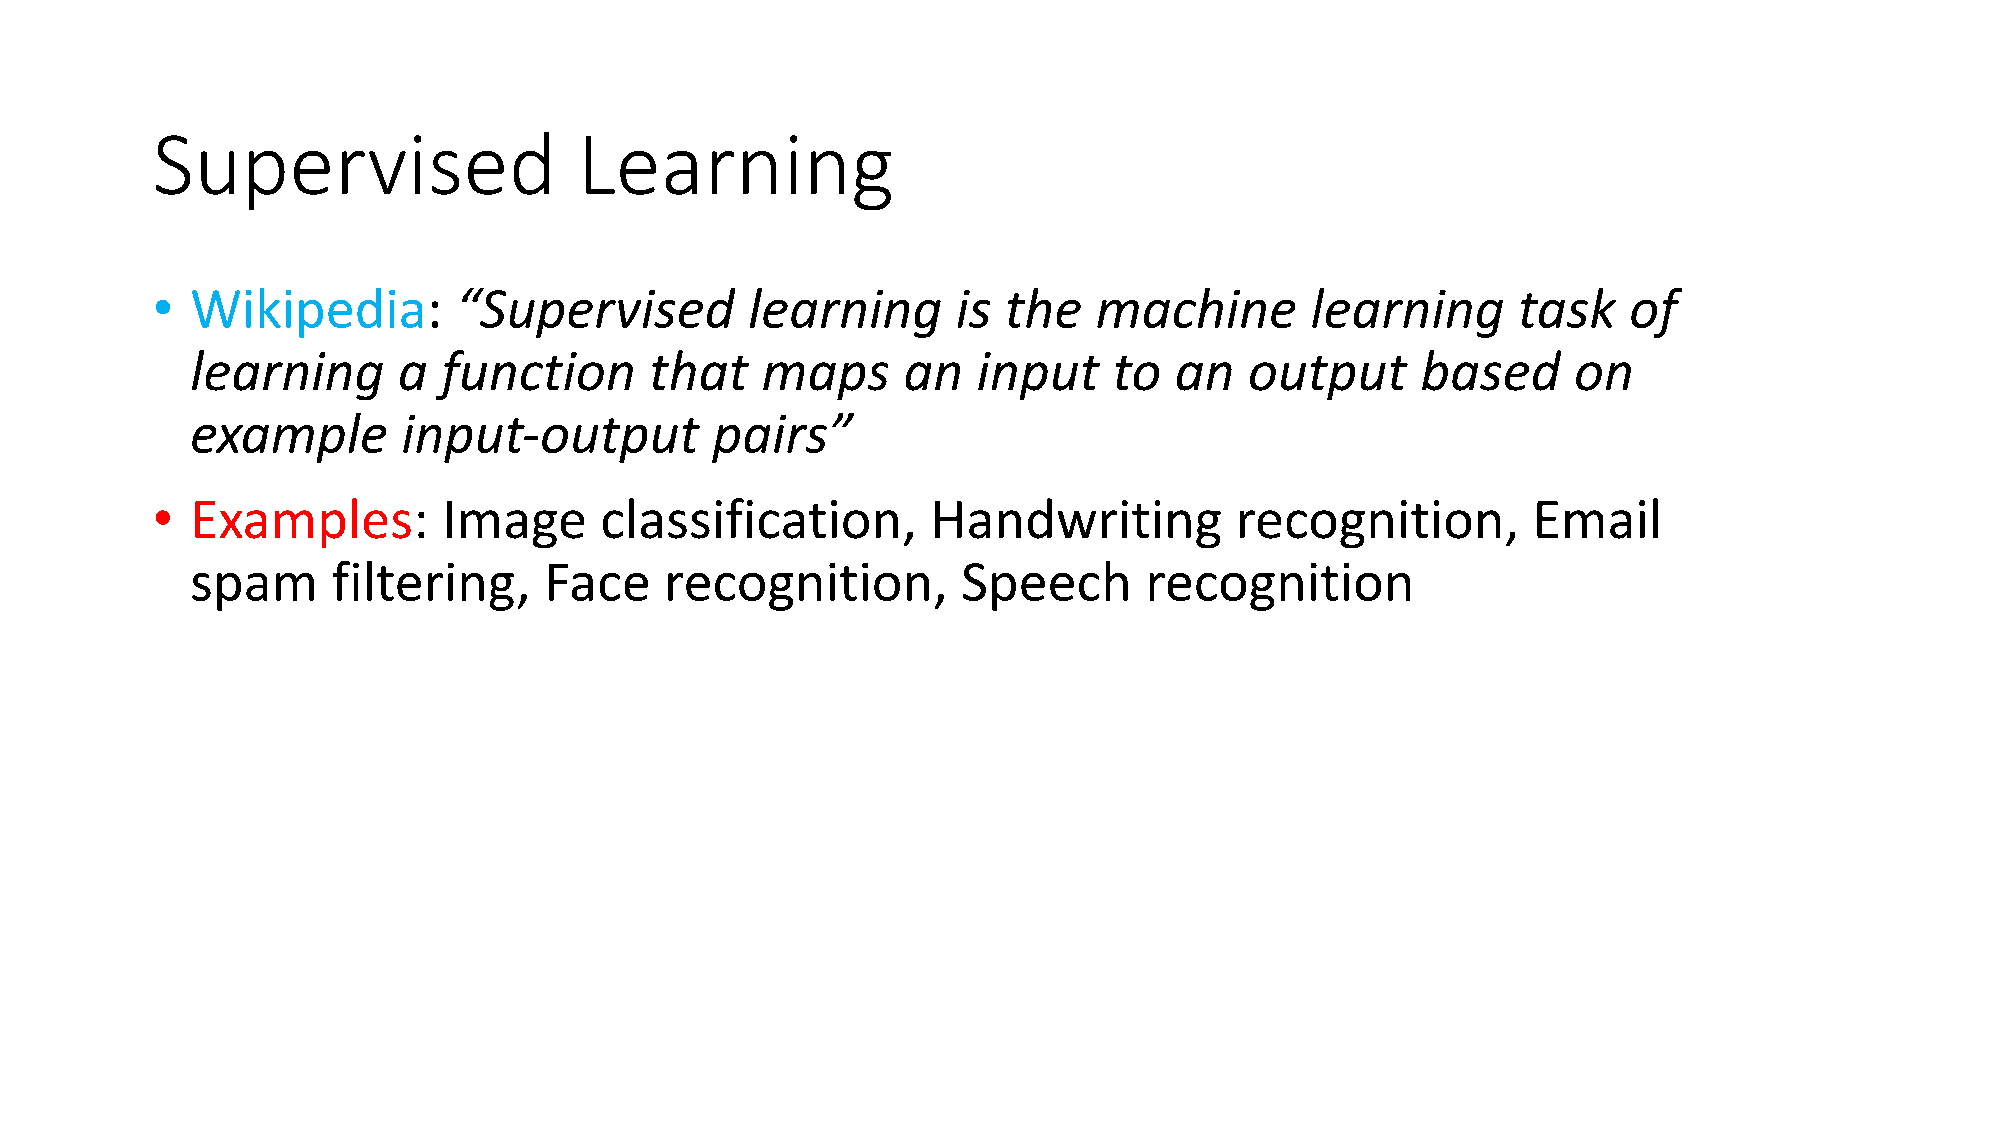
Supervised                  Learning
 •  Wikipedia:       “Supervised        learning      is the   machine        learning     task    of
 learning     a  function      that   maps      an   input    to  an   output     based     on
 example       input-output        pairs”
 •  Examples:       Image      classification,       Handwriting         recognition,       Email
 spam     filtering,    Face    recognition,        Speech      recognition